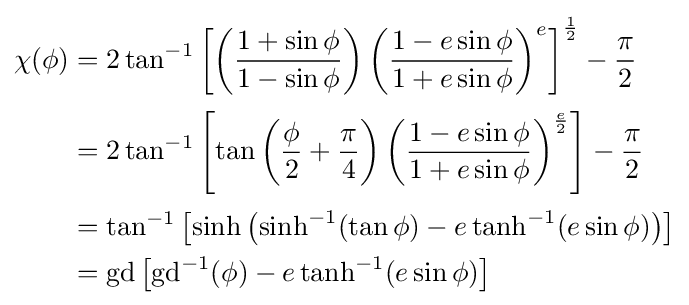
{\begin{aligned}\chi (\phi )&=2\tan ^{-1}\left[\left({\frac {1+\sin \phi }{1-\sin \phi }}\right)\left({\frac {1-e\sin \phi }{1+e\sin \phi }}\right)^{e}\right]^{\frac {1}{2}}-{\frac {\pi }{2}}\\[2pt]&=2\tan ^{-1}\left[\tan \left({\frac {\phi }{2}}+{\frac {\pi }{4}}\right)\left({\frac {1-e\sin \phi }{1+e\sin \phi }}\right)^{\frac {e}{2}}\right]-{\frac {\pi }{2}}\\[2pt]&=\tan ^{-1}\left[\sinh \left(\sinh ^{-1}(\tan \phi )-e\tanh ^{-1}(e\sin \phi )\right)\right]\\&=\operatorname {gd} \left[\operatorname {gd} ^{-1}(\phi )-e\tanh ^{-1}(e\sin \phi )\right]\end{aligned}}